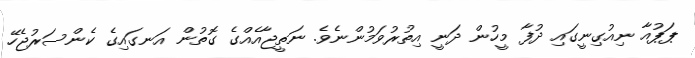
ޕަޕުއާ ނިއުގިނީގައި ދުފާ މީހުން ދަނީ އިތުރުވަމުންނެވެ. ނަތީޖާއެއްގެ ގޮތުން އަނގައިގެ ކެންސަރުޖެހޭ